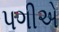
પગીએ